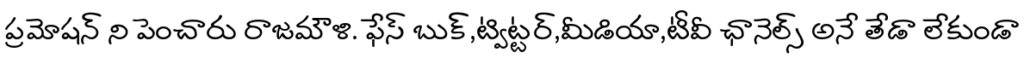
ప్రమోషన్ ని పెంచారు రాజమౌళి. ఫేస్ బుక్,ట్విట్టర్,మీడియా,టీవీ ఛానెల్స్ అనే తేడా లేకుండా